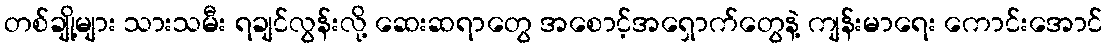
တစ်ချို့များ သားသမီး ရချင်လွန်းလို့ ဆေးဆရာတွေ အစောင့်အရှောက်တွေနဲ့ ကျန်းမာရေး ကောင်းအောင်